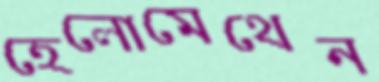
হেলোমেথেন